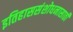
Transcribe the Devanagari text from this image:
इतिहाससंशोधनासाठी